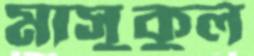
মাসুকুল